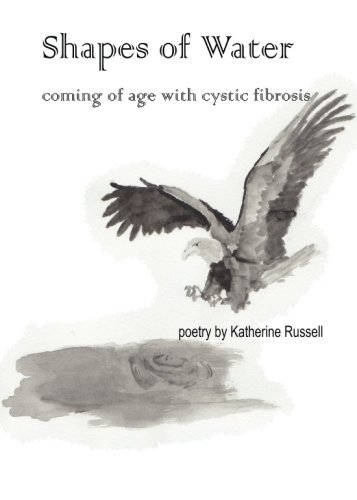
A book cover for Shapes of Water: coming of age with cystic fibrosis; Katherine Russell; Health, Fitness & Dieting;